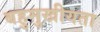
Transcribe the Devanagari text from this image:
बहुमुखीयता